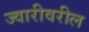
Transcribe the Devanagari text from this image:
ज्वारीवरील